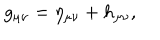
g _ { \mu \nu } = \eta _ { \mu \nu } + h _ { \mu \nu } ,